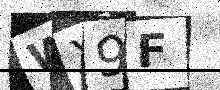
Text: WX9F